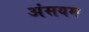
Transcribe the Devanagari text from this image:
अंसयम